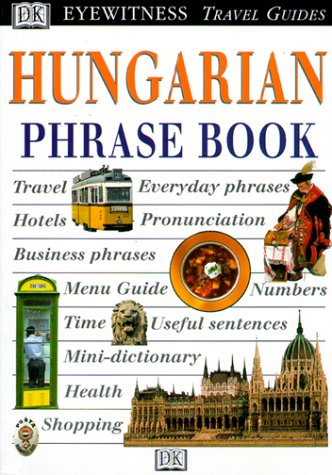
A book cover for Eyewitness Travel Phrase Book: Hungarian; DK Publishing; Travel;